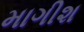
માગીશ